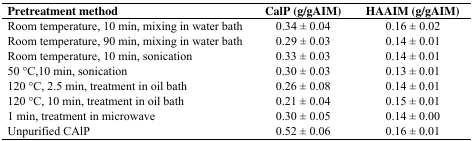
<table><thead><tr><td><b>Pretreatment method</b></td><td><b>CalP (g/gAIM)</b></td><td><b>HAAIM (g/gAIM)</b></td></tr></thead><tbody><tr><td>Room temperature, 10 min, mixing in water bath</td><td>0.34 ± 0.04</td><td>0.16 ± 0.02</td></tr><tr><td>Room temperature, 90 min, mixing in water bath</td><td>0.29 ± 0.03</td><td>0.14 ± 0.01</td></tr><tr><td>Room temperature, 10 min, sonication</td><td>0.33 ± 0.03</td><td>0.14 ± 0.01</td></tr><tr><td>50 °C,10 min, sonication</td><td>0.30 ± 0.03</td><td>0.13 ± 0.01</td></tr><tr><td>120 °C, 2.5 min, treatment in oil bath</td><td>0.26 ± 0.08</td><td>0.14 ± 0.01</td></tr><tr><td>120 °C, 10 min, treatment in oil bath</td><td>0.21 ± 0.04</td><td>0.15 ± 0.01</td></tr><tr><td>1 min, treatment in microwave</td><td>0.30 ± 0.05</td><td>0.14 ± 0.00</td></tr><tr><td>Unpurified CAlP</td><td>0.52 ± 0.06</td><td>0.16 ± 0.01</td></tr></tbody></table>